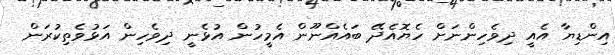
އިންޑިޔާ އެއީ ދިވެހިންނަށް ހެޔޮއެދޭ ބައެއްނޫން އެމީހުން އުޅެނީ ދިވެހިން އަޅުވެތިކުރަން